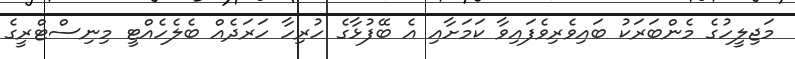
މަޖިލީހުގެ މެންބަރަކު ބައިވެރިވެފައިވާ ކަމަށާއި އެ ބޭފުޅާގެ ހުރިހާ ހަރަދެއް ބެލެހެއްޓީ މިނިސްޓްރީގެ